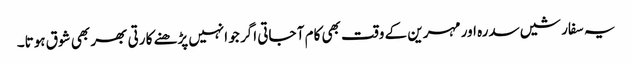
یہ سفارشیں سدرہ اور مہرین کے وقت بھی کام آ جاتی اگر جو انہیں پڑھنے کا رتی بھر بھی شوق ہوتا۔